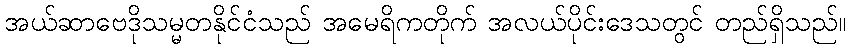
အယ်ဆာဗေဒိုသမ္မတနိုင်ငံသည် အမေရိကတိုက် အလယ်ပိုင်းဒေသတွင် တည်ရှိသည်။